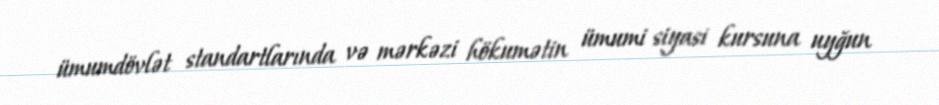
ümumdövlət standartlarında və mərkəzi hökumətin ümumi siyasi kursuna uyğun